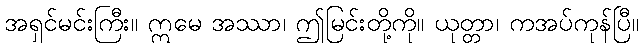
အရှင်မင်းကြီး။ ဣမေ အဿာ၊ ဤမြင်းတို့ကို။ ယုတ္တာ၊ ကအပ်ကုန်ပြီ။